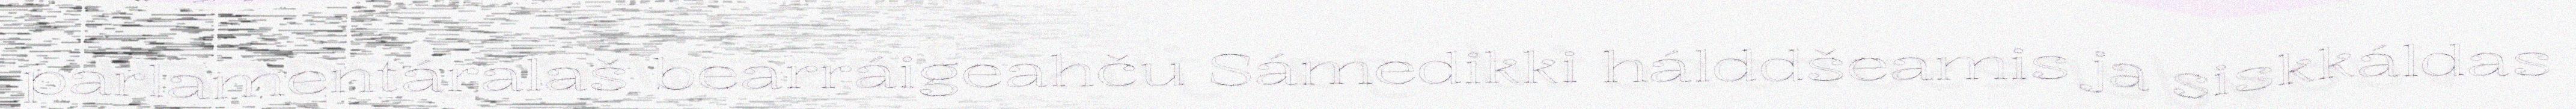
parlamentáralaš bearráigeahču Sámedikki hálddšeamis ja siskkáldas